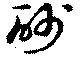
砂